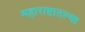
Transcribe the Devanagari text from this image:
महाराष्टातल्या